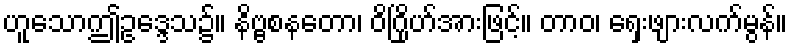
ဟူသောဤဥဒ္ဒေသ၌။ နိဗ္ဗစနတော၊ ဝိဂြိုဟ်အားဖြင့်။ တာဝ၊ ရှေးဖျားလက်မွန်။